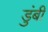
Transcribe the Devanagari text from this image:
डुंबी